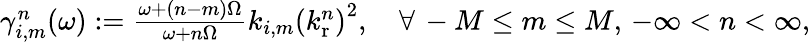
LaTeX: \begin{array}{r}{\gamma_{i,m}^{n}(\omega):=\frac{\omega+(n-m)\Omega}{\omega+n\Omega}k_{i,m}\left(k_{\mathrm{r}}^{n}\right)^{2},\quad\forall\, -M\leq m\leq M,\, -\infty<n<\infty,}\end{array}